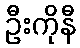
ဦးကိုနီ